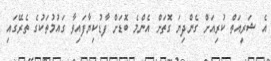
އެ ޝަރީއަތް ކުރިއަށް ގެންދިޔަ ގޮތަށް އެންމެ ބޮޑަށް ފާޑުކިޔާފައިވާ ގައުމުތަކުގެ ތެރޭގައި